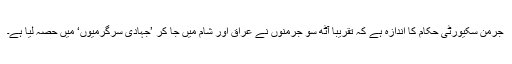
جرمن سکیورٹی حکام کا اندازہ ہے کہ تقریبا آٹھ سو جرمنوں نے عراق اور شام میں جا کر ’جہادی سرگرمیوں‘ میں حصہ لیا ہے۔